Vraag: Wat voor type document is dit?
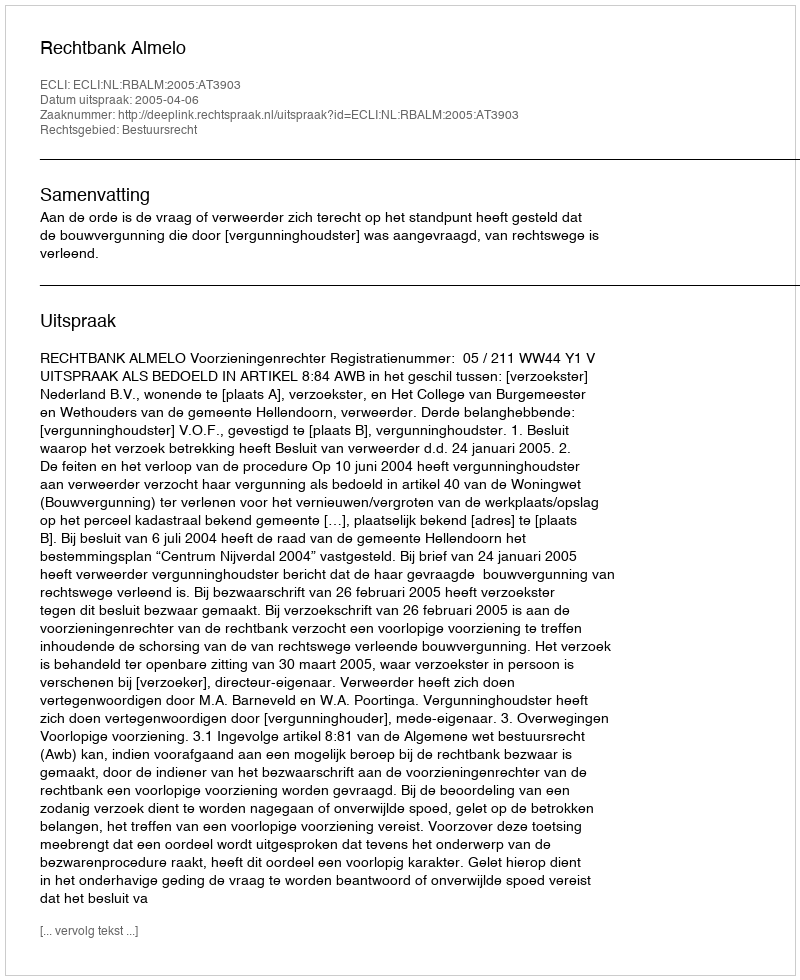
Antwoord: Uitspraak